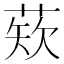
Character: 𫈫